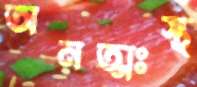
অনত্মঃস্থ